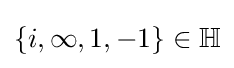
\{i,\infty ,1,-1\}\in \mathbb {H}